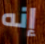
إنه